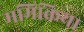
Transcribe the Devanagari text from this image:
ममिक्रिया